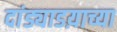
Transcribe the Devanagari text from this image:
दांड्याडय़ाच्या